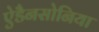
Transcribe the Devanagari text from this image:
ऐडैनसोनिया